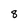
Character: 8